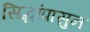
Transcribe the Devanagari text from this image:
सिद्धांपासुन